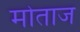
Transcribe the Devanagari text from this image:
मोताज